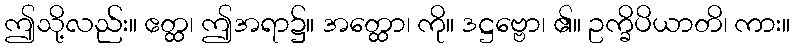
ဤသို့လည်း။ ဧတ္ထ၊ ဤအရာ၌။ အတ္ထော၊ ကို။ ဒဋ္ဌဗ္ဗော၊ ၏။ ဥက္ခိပိယာတိ၊ ကား။